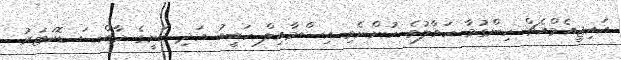
އައިޖީއެމްއެޗް ހިންގުމާ ހަވާލުވެ ހުންނެވި އިސްމާއިލް ހަބީބު އަދި ކަށީގެ ހާއްސަ ޑޮކަޓަރު